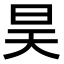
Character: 昊